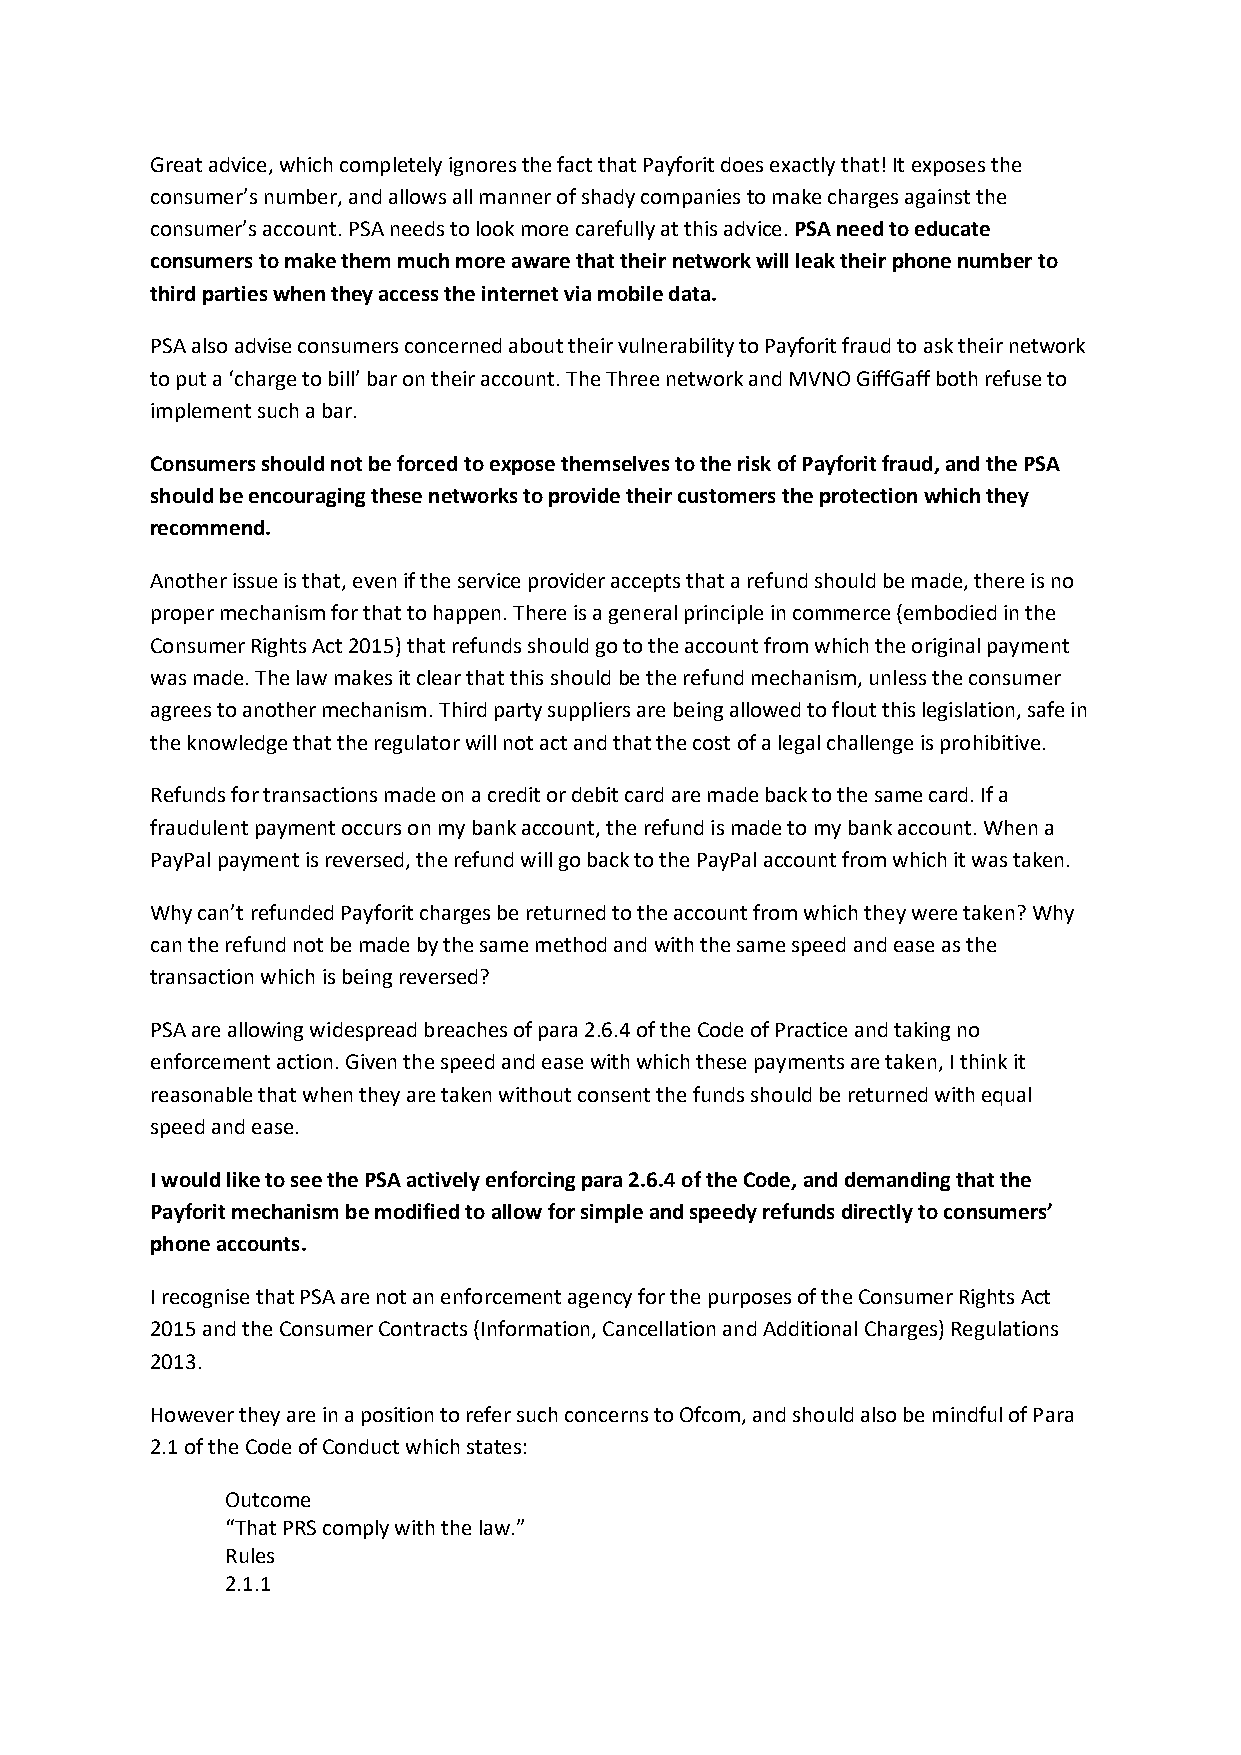
Great advice, which completely ignores the fact that Payforit does exactly that! It exposes the
 consumer’s number, and allows all manner of shady companies to make charges against the
 consumer’s account. PSA needs to look more carefully at this advice. PSA need to educate
 consumers to make them much more aware that their network will leak their phone number to
 third parties when they access the internet via mobile data.
 PSA also advise consumers concerned about their vulnerability to Payforit fraud to ask their network
 to put a ‘charge to bill’ bar on their account. The Three network and MVNO GiffGaff both refuse to
 implement such a bar.
 Consumers should not be forced to expose themselves to the risk of Payforit fraud, and the PSA
 should be encouraging these networks to provide their customers the protection which they
 recommend.
 Another issue is that, even if the service provider accepts that a refund should be made, there is no
 proper mechanism for that to happen. There is a general principle in commerce (embodied in the
 Consumer Rights Act 2015) that refunds should go to the account from which the original payment
 was made. The law makes it clear that this should be the refund mechanism, unless the consumer
 agrees to another mechanism. Third party suppliers are being allowed to flout this legislation, safe in
 the knowledge that the regulator will not act and that the cost of a legal challenge is prohibitive.
 Refunds for transactions made on a credit or debit card are made back to the same card. If a
 fraudulent payment occurs on my bank account, the refund is made to my bank account. When a
 PayPal payment is reversed, the refund will go back to the PayPal account from which it was taken.
 Why can’t refunded Payforit charges be returned to the account from which they were taken? Why
 can the refund not be made by the same method and with the same speed and ease as the
 transaction which is being reversed?
 PSA are allowing widespread breaches of para 2.6.4 of the Code of Practice and taking no
 enforcement action. Given the speed and ease with which these payments are taken, I think it
 reasonable that when they are taken without consent the funds should be returned with equal
 speed and ease.
 I would like to see the PSA actively enforcing para 2.6.4 of the Code, and demanding that the
 Payforit mechanism be modified to allow for simple and speedy refunds directly to consumers’
 phone accounts.
 I recognise that PSA are not an enforcement agency for the purposes of the Consumer Rights Act
 2015 and the Consumer Contracts (Information, Cancellation and Additional Charges) Regulations
 2013.
 However they are in a position to refer such concerns to Ofcom, and should also be mindful of Para
 2.1 of the Code of Conduct which states:
 Outcome
 “That PRS comply with the law.”
 Rules
 2.1.1